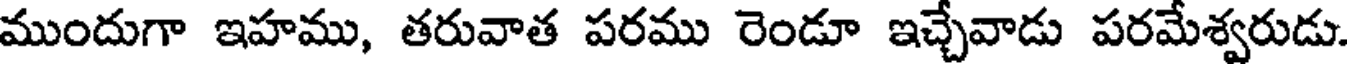
ముందుగా ఇహము, తరువాత పరము రెండూ ఇచ్చేవాడు పరమేశ్వరుడు